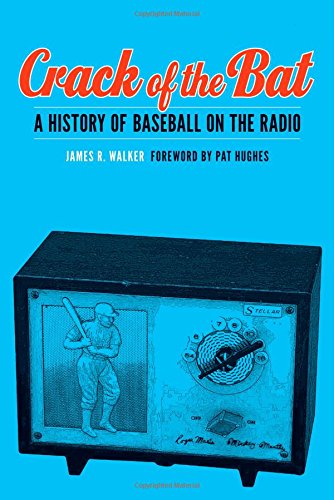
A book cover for Crack of the Bat: A History of Baseball on the Radio; James R. Walker; Humor & Entertainment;